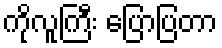
ကိုလူကြီး ပြောပြတာ